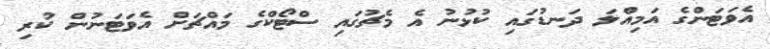
އެވަޓަންގެ އަމިއްލަ ދަނޑުގައި ކުޅުނު އެ މެޗުގައި ސްޓޯކްގެ މައްޗަށް އެވަޓަނުން ކުރި